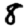
Digit: 8